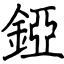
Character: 錏